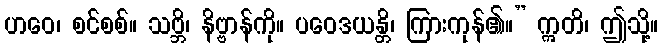
ဟဝေ၊ စင်စစ်။ သဗ္ဘိ၊ နိဗ္ဗာန်ကို။ ပဝေဒယန္တိ၊ ကြားကုန်၏။” ဣတိ၊ ဤသို့။